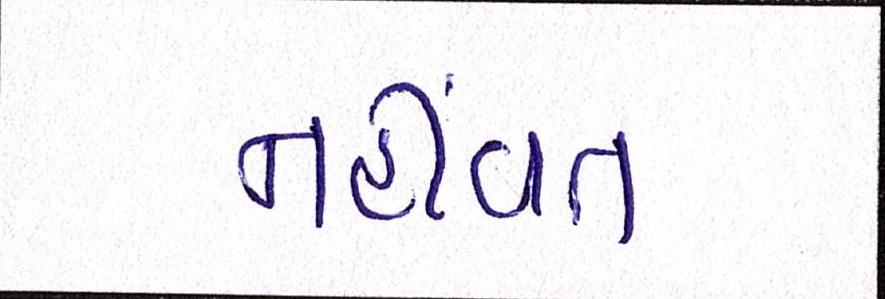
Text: નહીંવત